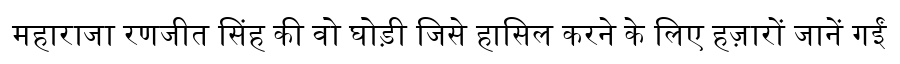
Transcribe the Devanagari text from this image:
महाराजा रणजीत सिंह की वो घोड़ी जिसे हासिल करने के लिए हज़ारों जानें गईं